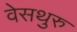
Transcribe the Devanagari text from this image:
वेसथुरु